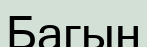
Багын